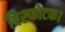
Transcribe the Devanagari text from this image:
विस्फोटक।